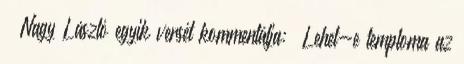
– Nagy László egyik versét kommentálja: „Lehet-e temploma az